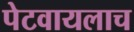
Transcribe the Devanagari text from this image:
पेटवायलाच